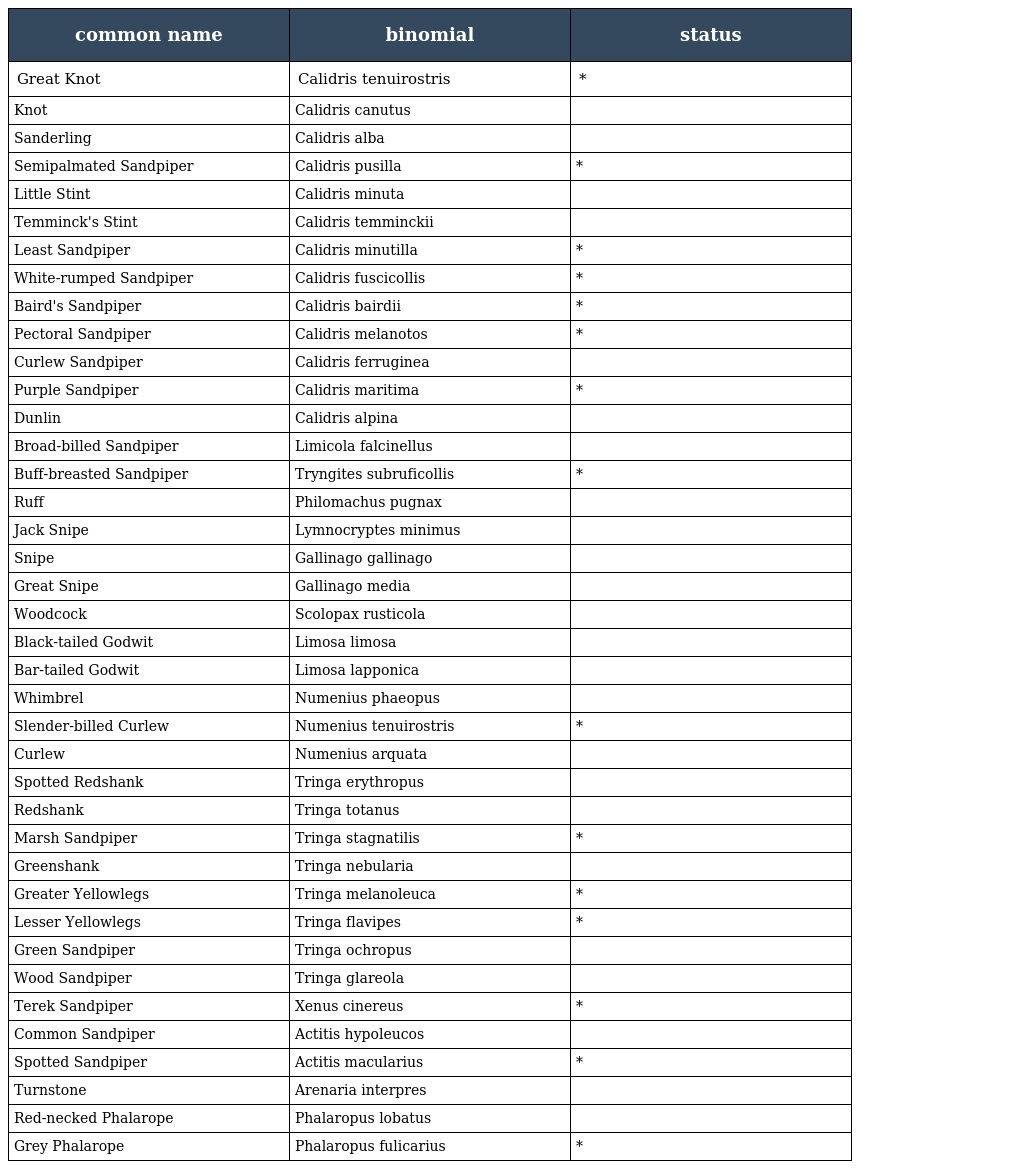
| common name | binomial | status |
 | --- | --- | --- |
 | Great Knot | Calidris tenuirostris | * |
 | Knot | Calidris canutus |  |
 | Sanderling | Calidris alba |  |
 | Semipalmated Sandpiper | Calidris pusilla | * |
 | Little Stint | Calidris minuta |  |
 | Temminck's Stint | Calidris temminckii |  |
 | Least Sandpiper | Calidris minutilla | * |
 | White-rumped Sandpiper | Calidris fuscicollis | * |
 | Baird's Sandpiper | Calidris bairdii | * |
 | Pectoral Sandpiper | Calidris melanotos | * |
 | Curlew Sandpiper | Calidris ferruginea |  |
 | Purple Sandpiper | Calidris maritima | * |
 | Dunlin | Calidris alpina |  |
 | Broad-billed Sandpiper | Limicola falcinellus |  |
 | Buff-breasted Sandpiper | Tryngites subruficollis | * |
 | Ruff | Philomachus pugnax |  |
 | Jack Snipe | Lymnocryptes minimus |  |
 | Snipe | Gallinago gallinago |  |
 | Great Snipe | Gallinago media |  |
 | Woodcock | Scolopax rusticola |  |
 | Black-tailed Godwit | Limosa limosa |  |
 | Bar-tailed Godwit | Limosa lapponica |  |
 | Whimbrel | Numenius phaeopus |  |
 | Slender-billed Curlew | Numenius tenuirostris | * |
 | Curlew | Numenius arquata |  |
 | Spotted Redshank | Tringa erythropus |  |
 | Redshank | Tringa totanus |  |
 | Marsh Sandpiper | Tringa stagnatilis | * |
 | Greenshank | Tringa nebularia |  |
 | Greater Yellowlegs | Tringa melanoleuca | * |
 | Lesser Yellowlegs | Tringa flavipes | * |
 | Green Sandpiper | Tringa ochropus |  |
 | Wood Sandpiper | Tringa glareola |  |
 | Terek Sandpiper | Xenus cinereus | * |
 | Common Sandpiper | Actitis hypoleucos |  |
 | Spotted Sandpiper | Actitis macularius | * |
 | Turnstone | Arenaria interpres |  |
 | Red-necked Phalarope | Phalaropus lobatus |  |
 | Grey Phalarope | Phalaropus fulicarius | * |